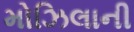
મોઝિલાની